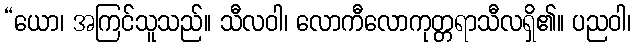
“ယော၊ အကြင်သူသည်။ သီလဝါ၊ လောကီလောကုတ္တရာသီလရှိ၏။ ပညဝါ၊